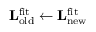
\mathbf { L } _ { \mathrm { o l d } } ^ { \mathrm { f i t } } \leftarrow \mathbf { L } _ { \mathrm { n e w } } ^ { \mathrm { f i t } }